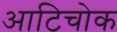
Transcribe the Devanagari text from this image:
आटिचोक